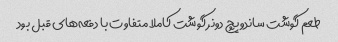
طعم گوشت ساندویچ دونر گوشت کاملا متفاوت با دفعه‌های قبل بود